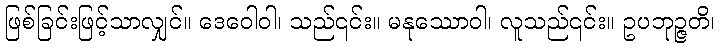
ဖြစ်ခြင်းဖြင့်သာလျှင်။ ဒေဝေါဝါ၊ သည်၎င်း။ မနုဿောဝါ၊ လူသည်၎င်း။ ဥပဘုဉ္ဇတိ၊